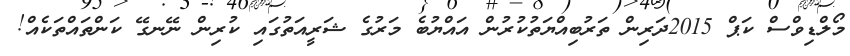
މޯލްޑިވްސް ކަޕް 2015ދަރިން ތަރުބިއްޔަތުކުރުން އައްޔުބެ މަރުގެ ޝަރީއަތުގައި ކުރިން ނޭނގޭ ކަންތައްތަކެއް!